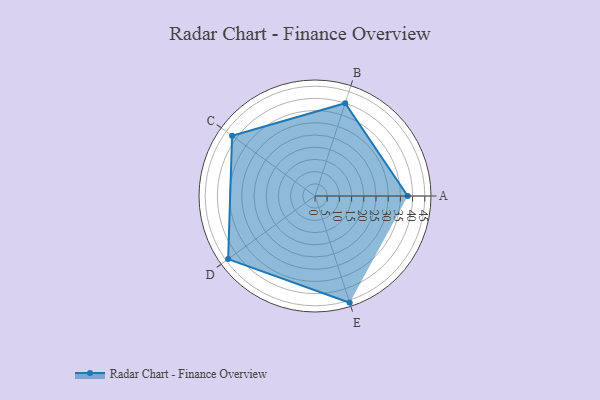
{"axis": {"x": "Skill", "y": "Score"}, "legend": ["Profile"], "data": [{"x": "A", "y": 38.0, "type": "Profile"}, {"x": "B", "y": 40.0, "type": "Profile"}, {"x": "C", "y": 42.0, "type": "Profile"}, {"x": "D", "y": 44.0, "type": "Profile"}, {"x": "E", "y": 46.0, "type": "Profile"}]}